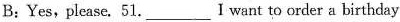
B: Yes,please. 51.___Iwant to order a birthday